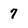
Character: 7